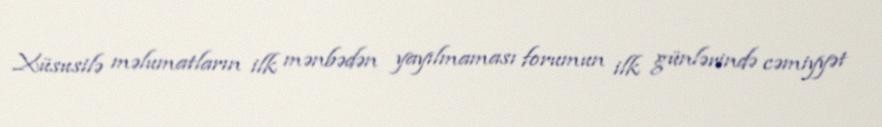
Xüsusilə məlumatların ilk mənbədən yayılmaması forumun ilk günlərində cəmiyyət